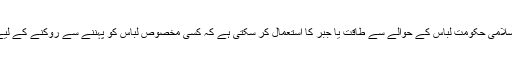
سوال: کیا اسلامی حکومت لباس کے حوالے سے طاقت یا جبر کا استعمال کر سکتی ہے کہ کسی مخصوص لباس کو پہننے سے روکنے کے لیے سزا دے؟